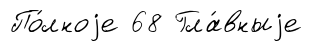
По́лноjе 68 Гла́вныjе